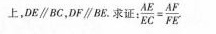
上，DE\parallel BC，DF\parallel BC,求证:$$\frac { A E } { E C } = \frac { A F } { F E }$$